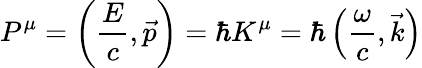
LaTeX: P^{\mu}=\left({\frac{E}{c}},{\vec{p}}\right)=\hbar K^{\mu}=\hbar\left({\frac{\omega}{c}},{\vec{k}}\right)